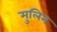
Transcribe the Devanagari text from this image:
मुलिन